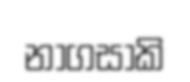
නාගසාකි